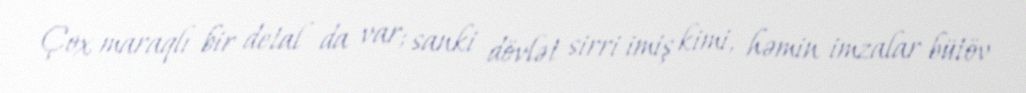
Çox maraqlı bir detal da var; sanki dövlət sirri imiş kimi, həmin imzalar bütöv